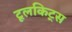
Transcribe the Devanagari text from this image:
टूलकिट्स